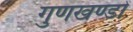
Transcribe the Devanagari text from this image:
गुणखण्डों